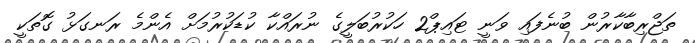
ތަޖްރިބާކާރުން ބުނެފައި ވަނީ ޓައިޕް2 ހަކުރުބަލީގެ ނުރައްކާ ކުޑަކުރުމަށް އެންމެ ރަނގަޅު ގޮތަކީ